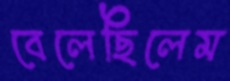
বেলেছিলেম